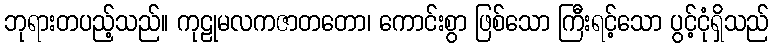
ဘုရားတပည့်သည်။ ကုဠုမလကဇာတတော၊ ကောင်းစွာ ဖြစ်သော ကြီးရင့်သော ပွင့်ငုံရှိသည်